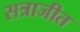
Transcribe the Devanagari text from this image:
सत्राजीत